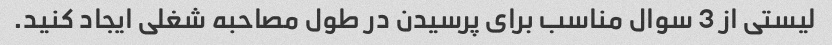
لیستی از 3 سوال مناسب برای پرسیدن در طول مصاحبه شغلی ایجاد کنید.